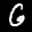
Label: 6